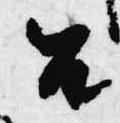
召